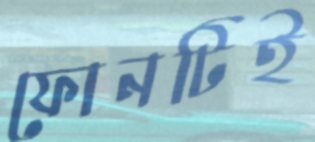
ফোনটিই